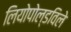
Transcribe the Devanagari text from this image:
लियोपोल्डविले